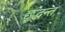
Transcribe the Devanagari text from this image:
छ्द्धन्त